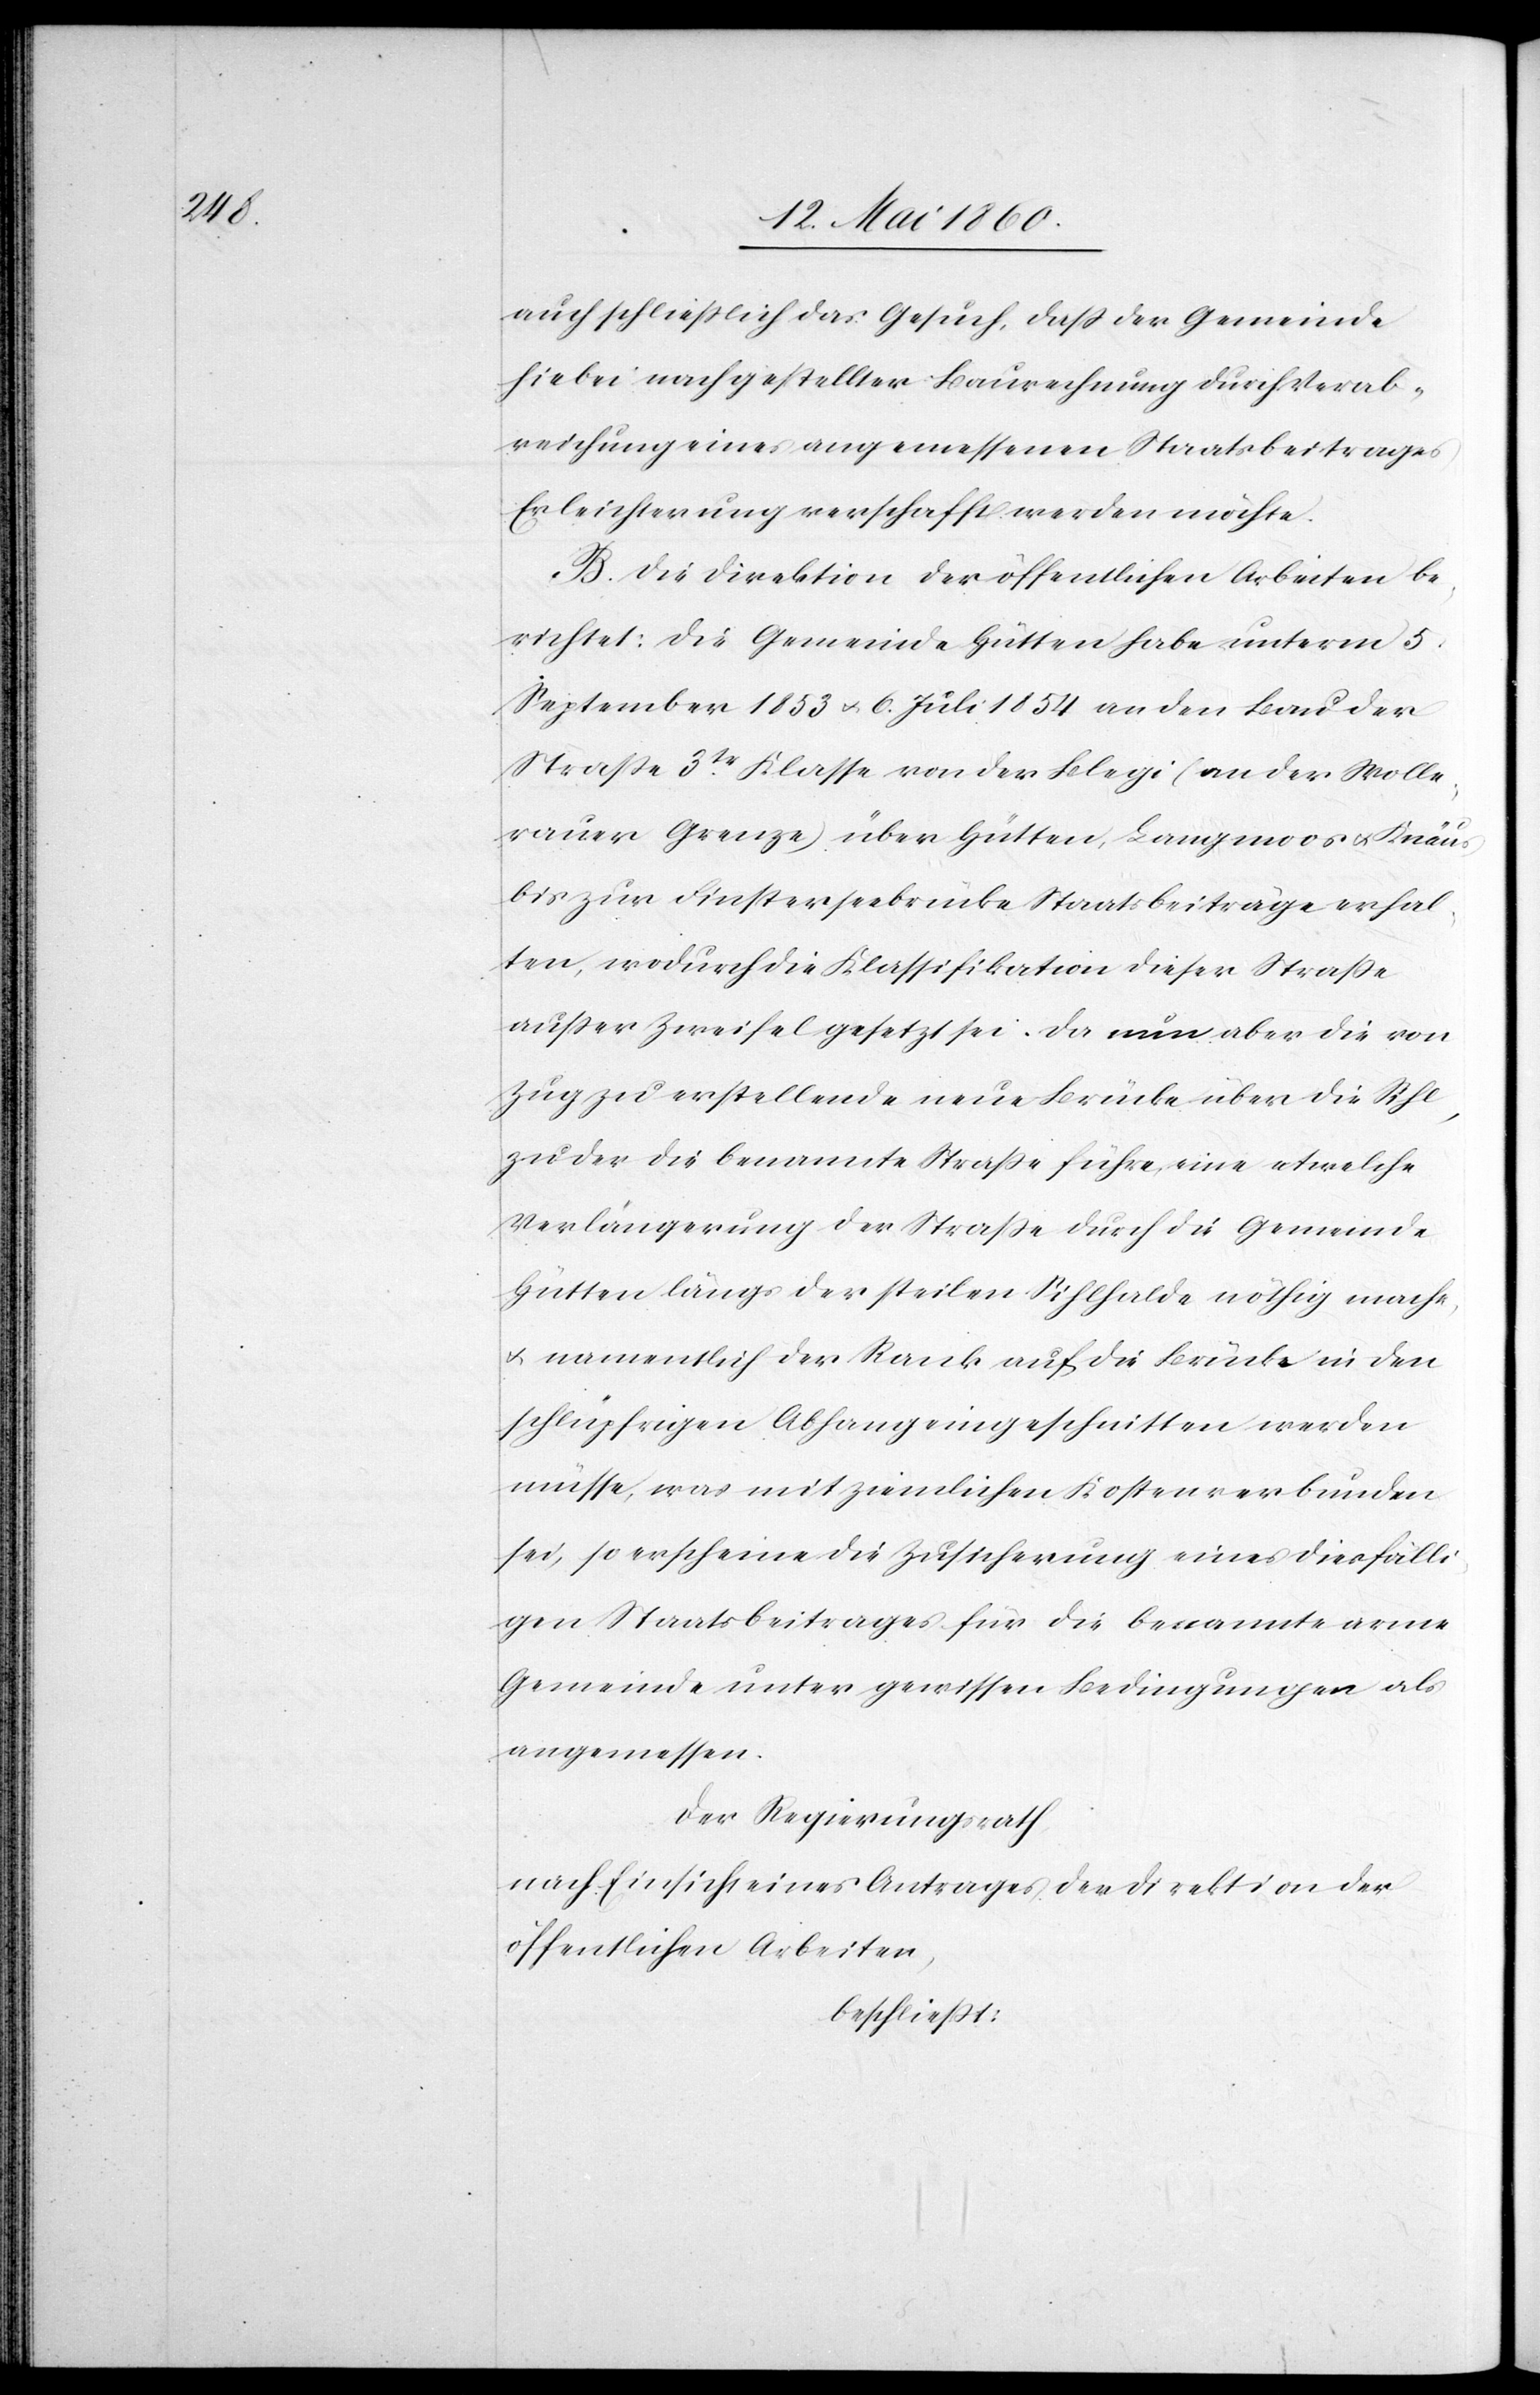
auch schließlich das Gesuch, dass der Gemeinde
hiebei nach gestellter Baurechnung durch Verab¬
reichung eines angemessenen Staatsbeitrages
Erleichterungen verschafft werden möchte.
B. Die Direktion der öffentlichen Arbeiten be¬
richtet: Die Gemeinde Hütten habe unterm 5.
September 1853 u. 6. Juli 1854 an den Bau der
Strasse 3tr Klasse von der Blegi (An der Wolle¬
rauer Grenze) über Hütten, Langmoos u. Knäus,
bis zur Finsterseebrücke Staatsbeiträge erhal¬
ten, wodurch die Klassifikation dieser Strasse
ausser Zweifel gesetzt sei. Da nun aber die von
Zug zu erstellende neue Brücke über die Sihl
zu der die benannte Strasse führe, eine etwelche
Verlängerung der Strasse durch die Gemeinde
Hütten längs der steilen Sihlhalde nöthig mache,
u. namentlich der Rank auf die Brücke in den
schlüpfrigen Abhang eingeschnitten werden
müsse, was mit ziemlichen Kosten verbunden
sei, so erscheine die Zusicherung eines diesfälli¬
gen Staatsbeitrages für die benannte arme
Gemeinde unter gewissen Bedingungen als
angemessen.
Der Regierungsrath,
nach Einsicht eines Antrages der Direktion der
öffentlichen Arbeiten,
beschliesst: